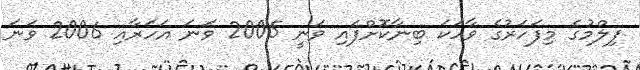
ފިލްމުގެ މިފަހަރުގެ ވާހަކަ ބިނާކޮށްފައި ވަނީ 2005 ވަނަ އަހަރާއި 2006 ވަނަ